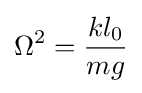
\Omega ^{2}={\frac {kl_{0}}{mg}}